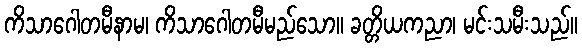
ကိသာဂေါတမီနာမ၊ ကိသာဂေါတမီမည်သော။ ခတ္တိယကညာ၊ မင်းသမီးသည်။